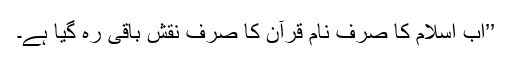
’’اب اسلام کا صرف نام قرآن کا صرف نقش باقی رہ گیا ہے۔